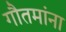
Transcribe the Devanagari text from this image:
गौतमांना